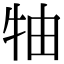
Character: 牰